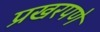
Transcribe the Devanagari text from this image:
प्रखरपणे